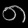
Digit: ၈